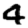
Digit: 4